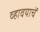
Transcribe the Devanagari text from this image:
व्हावयाचें